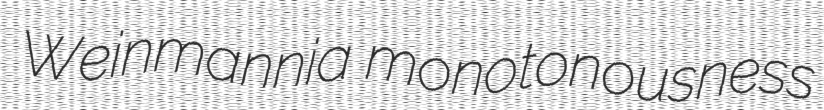
Weinmannia monotonousness